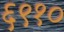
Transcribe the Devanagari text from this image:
६९१०